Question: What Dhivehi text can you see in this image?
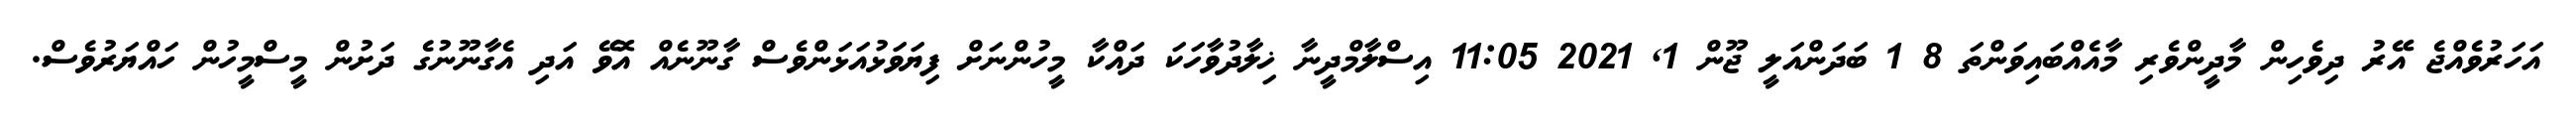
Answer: އަހަރުވެއްޖެ އޭރު ދިވެހިން މާދީންވެރި މާއެއްބައިވަންތަ 8 1 ބަދަންއަލީ ޖޫން 1, 2021 11:05 އިސްލާމްދީނާ ޚިލާދުވާހަކަ ދައްކާ މީހުންނަށް ފިޔަވަޅުއަޅަންވެސް ގާނޫނެއް އޮވޭ އަދި އެގާނޫނުގެ ދަށުން މީސްމީހުން ހައްޔަރުވެސް.